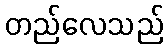
တည်လေသည်